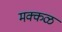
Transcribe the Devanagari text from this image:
मक्कळ